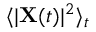
\langle | \mathbf { X } ( t ) | ^ { 2 } \rangle _ { t }